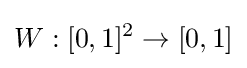
W:[0,1]^{2}\to [0,1]